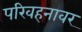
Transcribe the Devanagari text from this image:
परिवहनावर